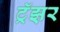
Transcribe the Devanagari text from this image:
ट्रॅझ़र